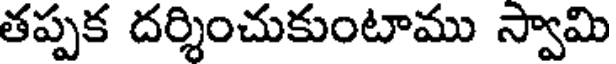
తప్పక దర్శించుకుంటాము స్వామి